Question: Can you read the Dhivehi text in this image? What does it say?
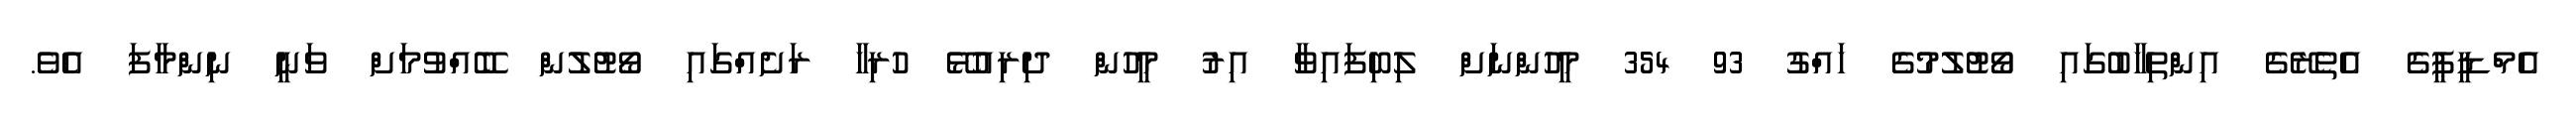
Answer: އެމްޑީޕީގެ އެތެރޭގެ އިންތިޚާބުގައި ވޯޓުލުމުގެ ހައްގު 93 354 މީހުންނަށް ލިބިފައިވާ އިރު މީހުން ދިރިއުޅޭ ހުރިހާ ރަށެއްގައި ވޯޓުލުން ބޭއްވުމަށް ވަނީ ނިންމާފަ އެވެ.